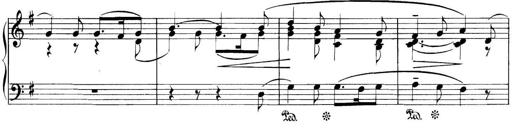
Title: 3 Sonatinas
Composer: Carl Reinecke